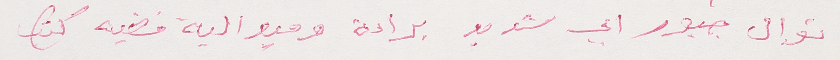
نوال جبور ابي شديد براءة وميدالية فضية كتب